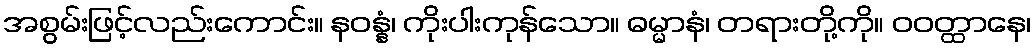
အစွမ်းဖြင့်လည်းကောင်း။ နဝန္နံ၊ ကိုးပါးကုန်သော။ ဓမ္မာနံ၊ တရားတို့ကို။ ဝဝတ္ထာနေ၊